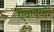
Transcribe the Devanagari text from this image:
एंवायरमेंट